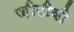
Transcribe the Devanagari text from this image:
ज़ीटीवी